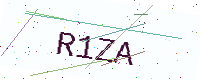
Text: R1ZA